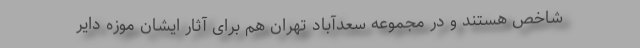
شاخص هستند و در مجموعه سعدآباد تهران هم برای آثار ایشان موزه دایر